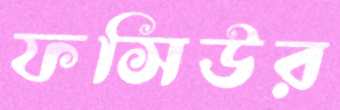
ফসিউর